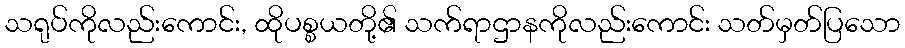
သရုပ်ကိုလည်းကောင်း, ထိုပစ္စယတို့၏ သက်ရာဌာနကိုလည်းကောင်း သတ်မှတ်ပြသော